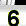
Digit: 6